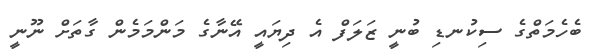
ބެހެމަތްގެ ސިކުނޑި ބުނީ ޒަލަފް އެ ދިޔައީ އޭނާގެ މަންމަމެން ގާތަށް ނޫނީ